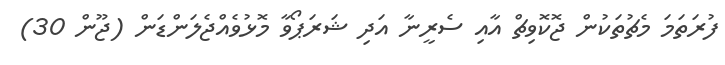
ފުރަތަމަ މެޗުތަކުން ޖޮކޮވިޗް އާއި ސެރީނާ އަދި ޝަރަޕޯވާ މޮޅުވެއްޖެލަންޑަން (ޖޫން 30)